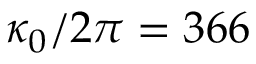
\kappa _ { 0 } / 2 \pi = 3 6 6